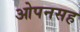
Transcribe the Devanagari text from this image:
ओपनसह